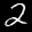
Label: 2